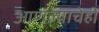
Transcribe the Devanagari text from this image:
आणल्याचेही